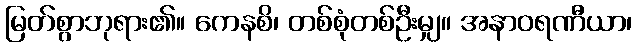
မြတ်စွာဘုရား၏။ ကေနစိ၊ တစ်စုံတစ်ဦးမျှ။ အနာဝရဏီယာ၊